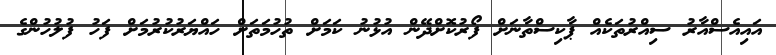
އައިއެސްއާރު ސިއްރުތަކެއް ޕާކިސްތާނަށް ފޯރުކޮށްދޭން އުޅުނު ކަމަށް ތުހުމަތަށް ހައްޔަރުކުރުމަށް ފަހު ފުލުހުންގެ